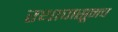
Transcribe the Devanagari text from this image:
रथापासूनच